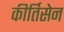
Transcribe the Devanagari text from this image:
कीर्तिसेन